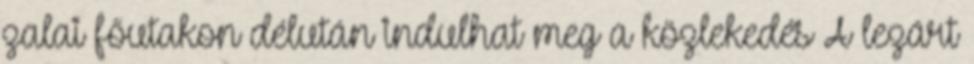
zalai főutakon délután indulhat meg a közlekedés A lezárt